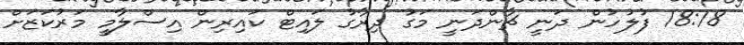
18:18 ފުލުހުން ދަނީ ޗާންދަނީ މަގު ދިރާގު ލައިޓް ކައިރިން އިސްލާމީ މަރުކަޒަށް